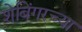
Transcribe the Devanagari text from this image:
शेबिंगरच्या